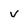
Character: v